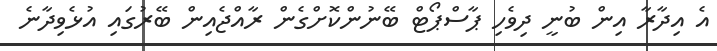
އެ އިދާރާ އިން ބުނީ ދިވެހި ޕާސްޕޯޓް ބޭނުންކޮށްގެން ރާއްޖެއިން ބޭރުގައި އުޅެވިދާނެ